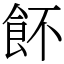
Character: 䬪